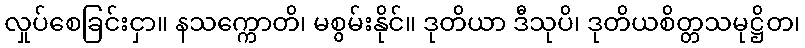
လှုပ်စေခြင်းငှာ။ နသက္ကောတိ၊ မစွမ်းနိုင်။ ဒုတိယာ ဒီသုပိ၊ ဒုတိယစိတ္တသမုဋ္ဌိတ၊